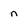
Character: n